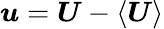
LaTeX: \boldsymbol{u}=\boldsymbol{U}-\langle\boldsymbol{U}\rangle